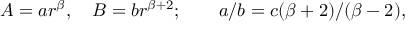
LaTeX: A = a r ^ { \beta } , \quad B = b r ^ { \beta + 2 } ; \qquad a / b = c ( \beta + 2 ) / ( \beta - 2 ) ,